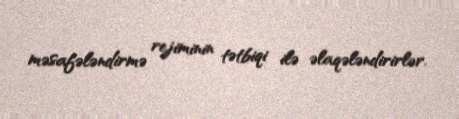
məsafələndirmə rejiminin tətbiqi ilə əlaqələndirirlər.